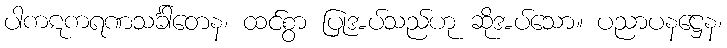
ပါကဋကရဏသင်္ခါတေန၊ ထင်စွာ ပြုအပ်သည်ဟု ဆိုအပ်သော။ ပညာပနဋ္ဌေန၊